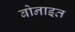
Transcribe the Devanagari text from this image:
बोनाइत